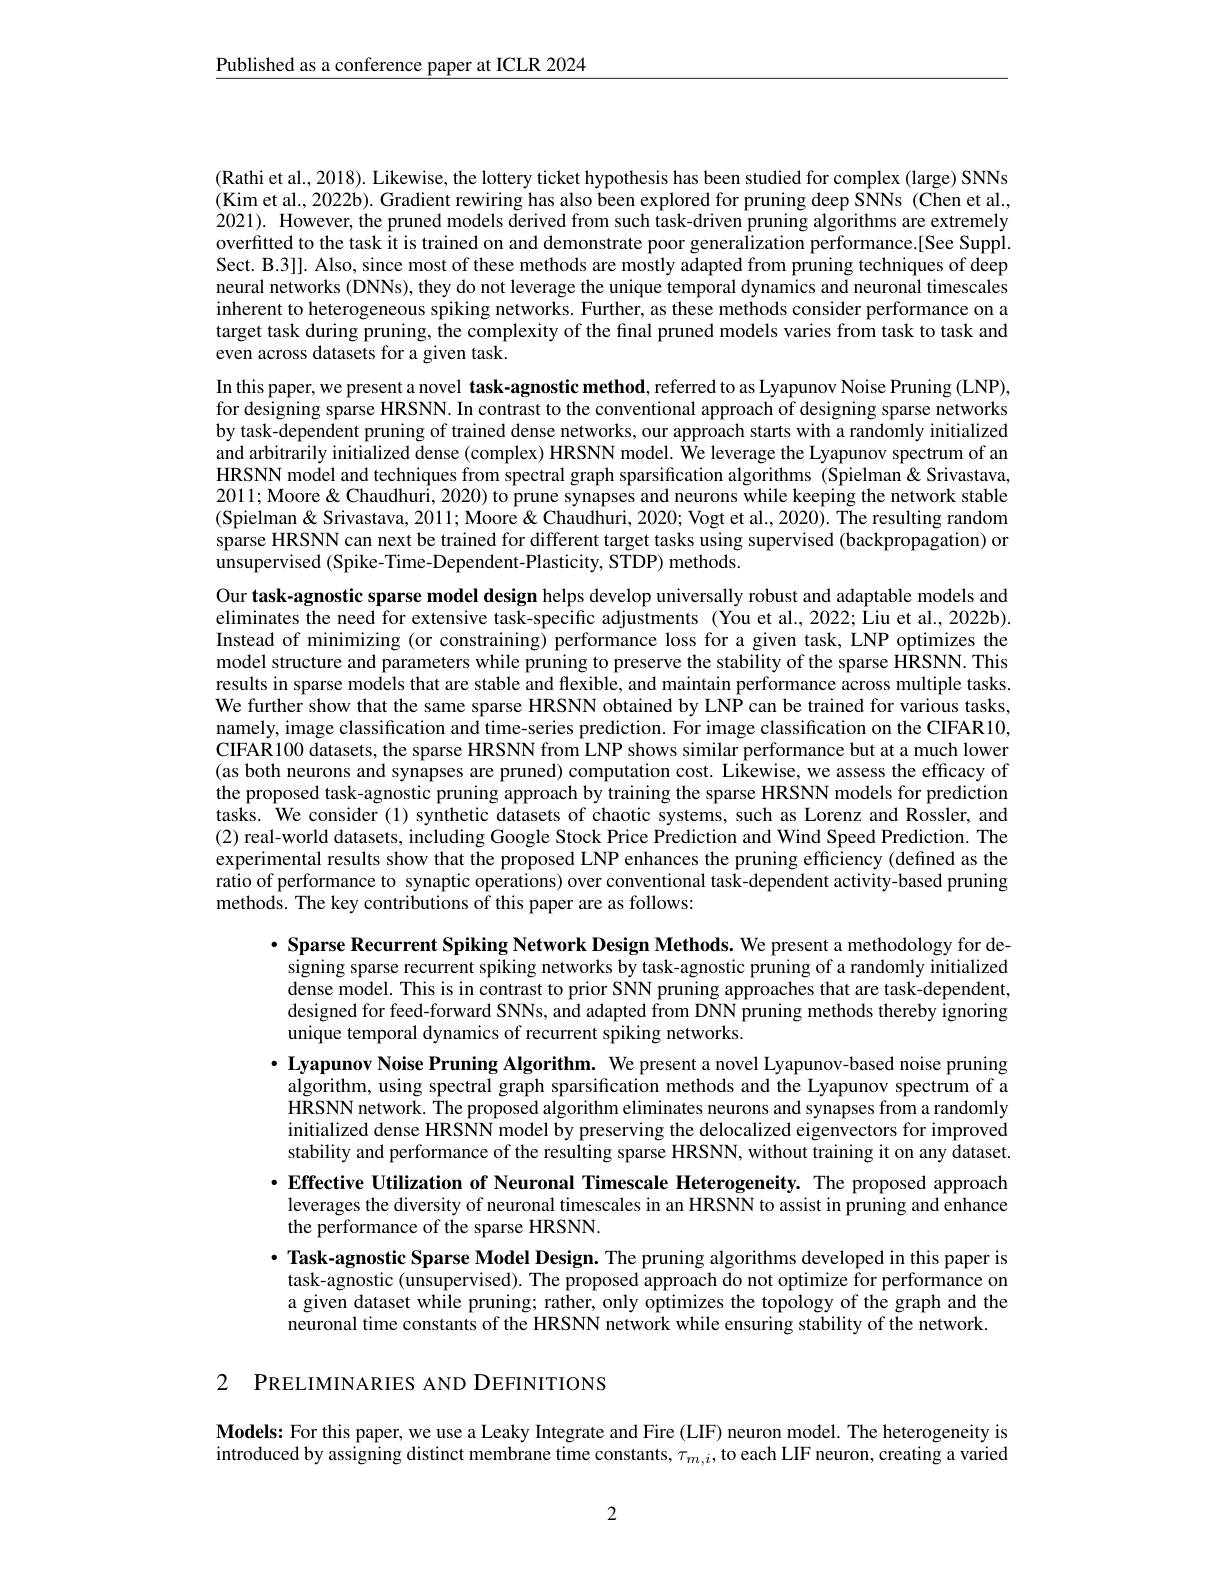
$\underline{\text{Published as a conference paper at ICLR 2024}}$

(Rathi et al., 2018). Likewise, the lottery ticket hypothesis has been studied for complex (large) SNNs (Kim et al., 2022b). Gradient rewiring has also been explored for pruning deep SNNs (Chen et al., 2021). However, the pruned models derived from such task-driven pruning algorithms are extremely overfitted to the task it is trained on and demonstrate poor generalization performance.[See Suppl. Sect. B.3]]. Also, since most of these methods are mostly adapted from pruning techniques of deep neural networks (DNNs), they do not leverage the unique temporal dynamics and neuronal timescales inherent to heterogeneous sp target task during pruning, even across datasets for a given task.
In this paper, we present a novel task-agnostic method, referred to as Lyapunov Noise Pruning (LNP), for designing sparse HRSNN. In contrast to the conventional approach of designing sparse networks by task-dependent pruning of trained dense networks, our approach starts with a randomly initialized and arbitrarily initialized dense (complex) HRSNN model. We leverage the Lyapunov spectrum of an HRSNN model and techniques from spectral graph sparsification algorithms (Spielman &Srivastava, 2011; Moore& Chaudhuri, 2020) to prune synapses and neurons while keeping the network stable (Spielman& Srivastava, 2011; Moore& Chaudhuri, 2020; Vogt et al., 2020). The resulting random sparse HRSNN can next be tra $\hat{\text{unsupervised (Spike-Time-Dependent-Plasticity, STDP) methods.}}$
Our task-agnostic sparse model design helps develop universally robust and adaptable models and eliminates the need for extensive task-specific adjustments (You et al.,2022; Îu et al.,2022b). Instead of minimizing (or constraining) performance loss for a given task, LNP optimizes the model structure and parameters while pruning to preserve the stability of the sparse HRSNN. This results in sparse models that are stable and flexible, and maintain performance across multiple tasks We further show that the sam namely, image classification and time-series prediction. For image classification on the CIFAR10, CIFAR100 datasets, the sparse HRSNN from LNP shows similar performance but at a much lower (as both neurons and synap the proposed task-agnostic pruning approach by training the sparse HRSNN models for prediction tasks. We consider (1) synthetic datasets of chaotic systems, such as Lorenz and Rossler, and (2) real-world datasets, including Google Stock Price Prediction and Wind Speed Prediction. The experimental results show that the proposed LNP enhances the pruning efficiency (defined as the ratio of performance to synaptic operations) over conventional task-dependent activity-based pruning methods. The key contributions of this paper are as follows:
$\cdot$ Sparse Recurrent Spiking Network Design Methods. We present a methodology for de-

signing sparse recurrent spiking networks by task-agnostic pruning of a randomly initialized dense model. This is in contrast to prior SNN pruning approaches that are task-dependent, designed for feed-forward SNNs, and adapted from DNN pruning methods thereby ignoring unique temporal dynamics of recurrent spiking networks.

$\cdot$ Lyapunov Noise Pruning Algorithm. We present a novel Lyapunov-based noise pruning algorithm, using spectral graph sparsification methods and the Lyapunov spectrum of a HRSNN network. The proposed algorithm eliminates neurons and synapses from a randomly initialized dense HRSNN mode stability and performance of the resulting sparse HRSNN, without training it on any dataset.
$\bullet$Effective Utilization of Neuronal Timescale Heterogeneity. The proposed approach
leverages the diversity of neuronal timescales in an HRSNN to assist in pruning and enhance
the performance of the spars
$\cdot$ Task-agnostic Sparse Model Design. The pruning algorithms developed in this paper is task-agnostic (unsupervised). The proposed approach do not optimize for performance on a given dataset while pruning; rather, only optimizes the topology of the graph and the neuronal time constants of the HRSNN network while ensuring stability of the network.

2 PRELIMINARIES AND DEFINITIONS

Models: For this paper, we use a Leaky Integrate and Fire (LIF) neuron model. The heterogeneity is introduced by assigning distinct membrane time constants, $\tau_{m,i}$,to each LIF neuron, creating a varied

2